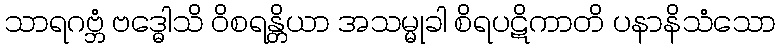
သာရဂဗ္ဘံ ဗဒ္ဓေါသိ ဝိစရန္တိယာ အသမ္မုခါ စိရပဋိကာတိ ပနာနိသံသော